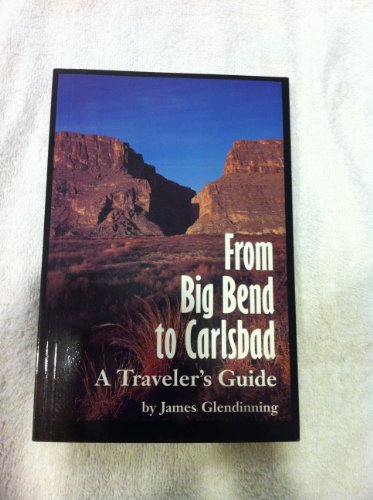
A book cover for From Big Bend to Carlsbad: A Traveler's Guide (W L Moody, Jr, Natural History Series); James Glendinning; Travel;